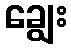
ချွေး